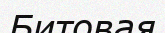
Битовая